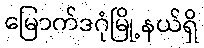
မြောက်ဒဂုံမြို့နယ်ရှိ